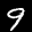
Label: 9